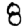
Digit: 8